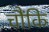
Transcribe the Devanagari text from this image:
चौंकि